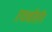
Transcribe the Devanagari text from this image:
एथनॉलॉग